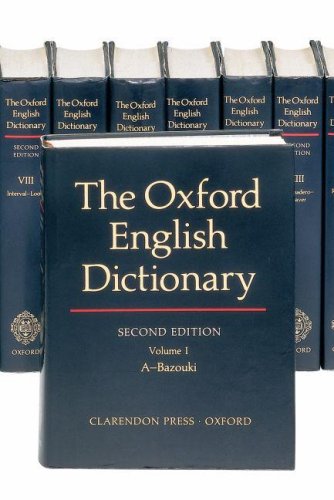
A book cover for The Oxford English Dictionary (20 Volume Set) (Vols 1-20); Politics & Social Sciences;